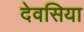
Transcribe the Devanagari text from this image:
देवसिया